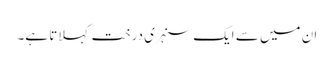
ان میں سے ایک سنہری درخت کہلاتا ہے۔